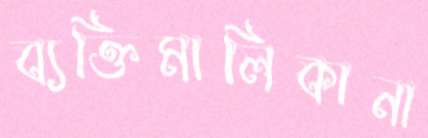
ব্যক্তিমালিকানা